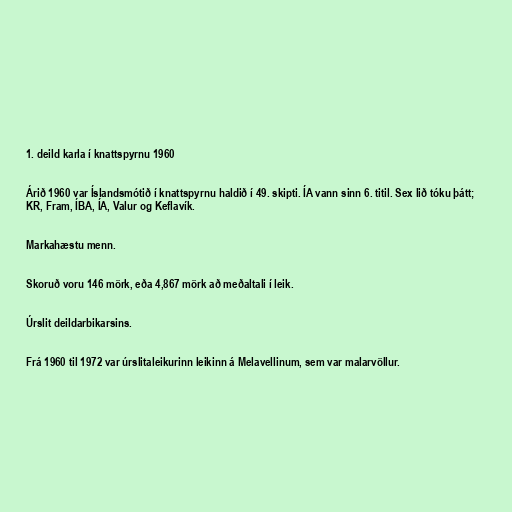
1. deild karla í knattspyrnu 1960

Árið 1960 var Íslandsmótið í knattspyrnu haldið í 49. skipti. ÍA vann sinn 6. titil. Sex lið tóku þátt;
KR, Fram, ÍBA, ÍA, Valur og Keflavík.

Markahæstu menn.

Skoruð voru 146 mörk, eða 4,867 mörk að meðaltali í leik.

Úrslit deildarbikarsins.

Frá 1960 til 1972 var úrslitaleikurinn leikinn á Melavellinum, sem var malarvöllur.